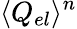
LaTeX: \langle Q_{el}\rangle^{n}